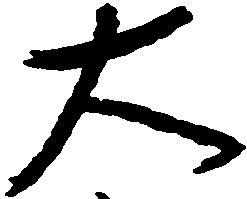
大